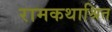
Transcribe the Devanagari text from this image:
रामकथाश्रित